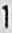
1